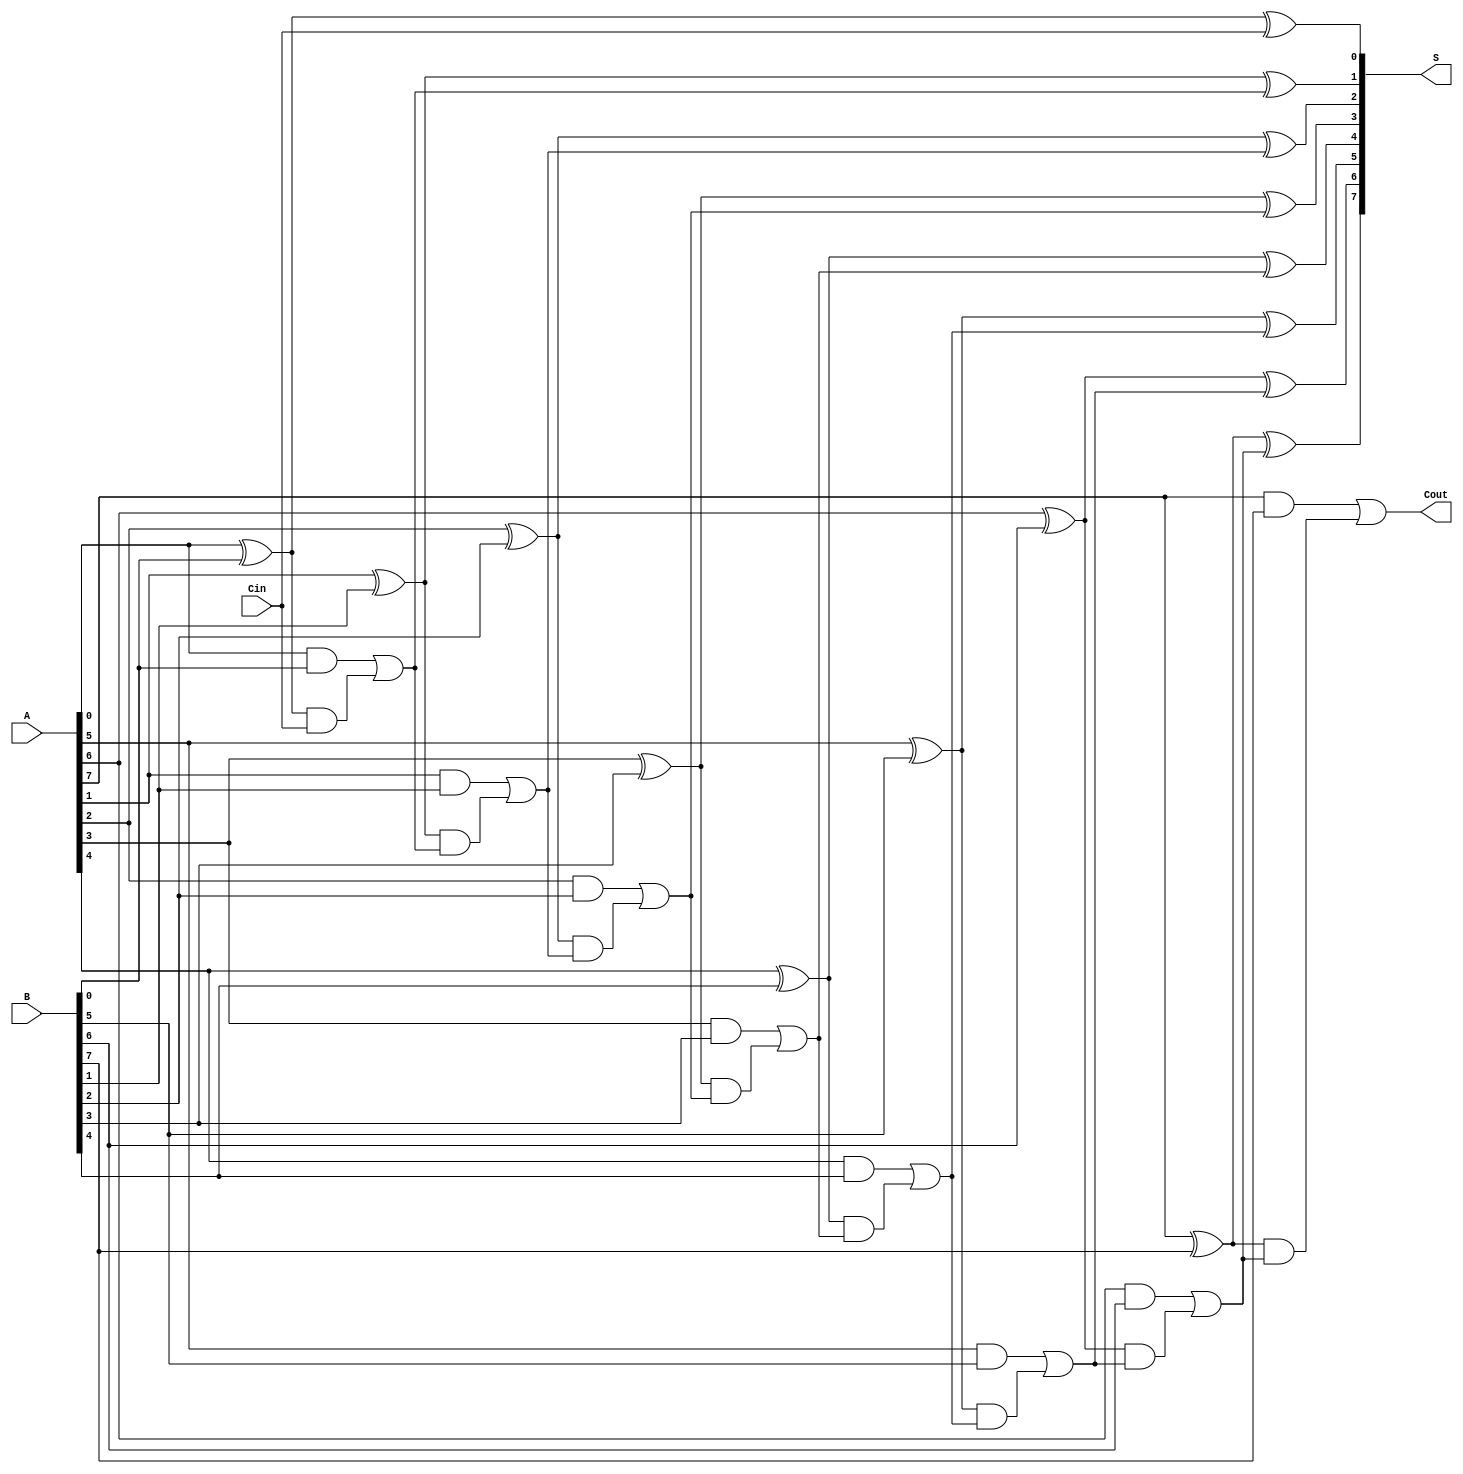
module SklanskyAdder #(parameter n = 8) (
    input  [n-1:0] A,
    input  [n-1:0] B,
    input          Cin,
    output [n-1:0] S,
    output         Cout
);

    // Generate (G) and Propagate (P) signals
    wire [n-1:0] G;
    wire [n-1:0] P;

    genvar i;
    generate
        for (i = 0; i < n; i = i + 1) begin : gen_prop
            assign G[i] = A[i] & B[i]; // Generate signal
            assign P[i] = A[i] ^ B[i]; // Propagate signal
        end
    endgenerate

    // Carry signals
    wire [n:0] C; // C[0] to C[n]
    
    assign C[0] = Cin; // Initial carry

    generate
        for (i = 0; i < n; i = i + 1) begin : carry_calc
            if (i == 0) begin
                assign C[i + 1] = G[i] | (P[i] & C[i]);
            end else begin
                assign C[i + 1] = G[i] | (P[i] & C[i]);
            end
        end
    endgenerate

    // Sum calculation
    generate
        for (i = 0; i < n; i = i + 1) begin : sum_calc
            assign S[i] = P[i] ^ C[i];
        end
    endgenerate

    // Final carry out
    assign Cout = C[n];

endmodule